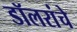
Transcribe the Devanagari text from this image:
डॉलरांचे